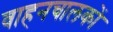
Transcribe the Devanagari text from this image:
वाहनचालकों